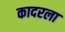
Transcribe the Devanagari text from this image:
कादरला